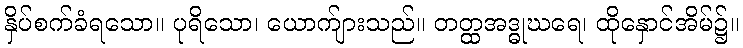
နှိပ်စက်ခံရသော။ ပုရိသော၊ ယောက်ျားသည်။ တတ္ထအဒ္ဓုဃရေ၊ ထိုနှောင်အိမ်၌။